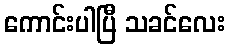
ကောင်းပါပြီ သခင်လေး